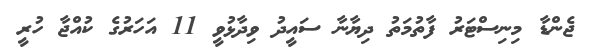
ޖެންޑާ މިނިސްޓަރު ފާތުމަތު ދިޔާނާ ސައީދު ވިދާޅުވީ 11 އަހަރުގެ ކުއްޖާ ހުރީ